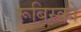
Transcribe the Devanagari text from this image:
रूबिस्को